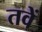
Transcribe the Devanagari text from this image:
तवें